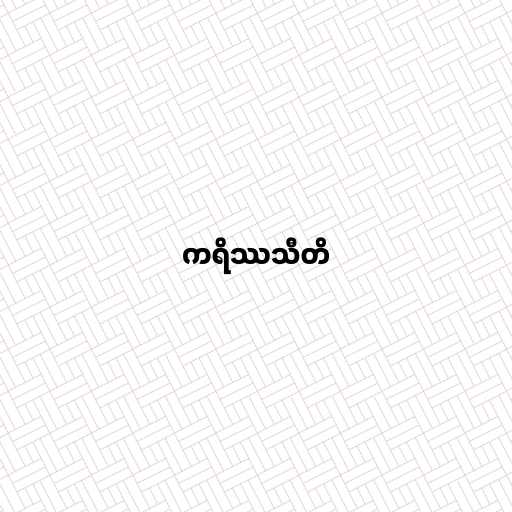
ကရိဿသီတိ